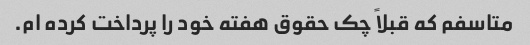
متاسفم که قبلاً چک حقوق هفته خود را پرداخت کرده ام.